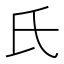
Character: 氏